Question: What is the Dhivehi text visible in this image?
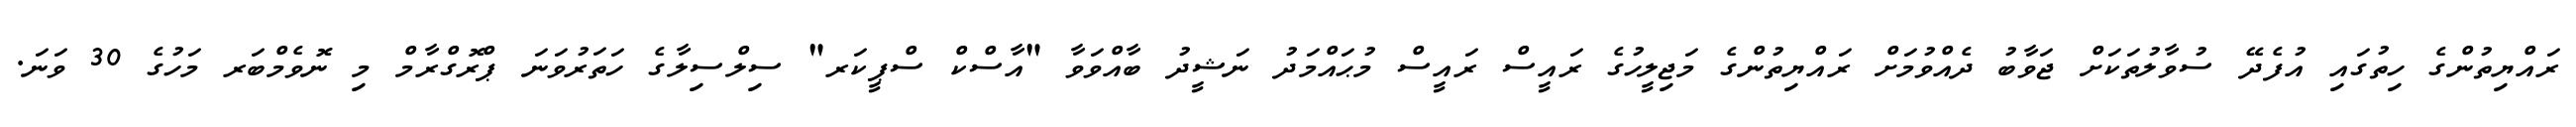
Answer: ރައްޔިތުންގެ ހިތުގައި އުފެދޭ ސުވާލުތަކަށް ޖަވާބު ދެއްވުމަށް ރައްޔިތުންގެ މަޖިލީހުގެ ރައީސް ރައީސް މުޙައްމަދު ނަޝީދު ބާއްވަވާ "އާސްކް ސްޕީކަރ" ސިލްސިލާގެ ހަތަރުވަނަ ޕްރޮގްރާމް މި ނޮވެމްބަރ މަހުގެ 30 ވަނަ.